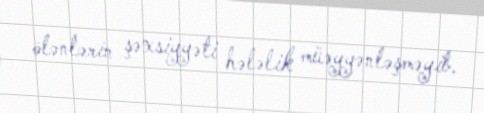
ölənlərin şəxsiyyəti hələlik müəyyənləşməyib.